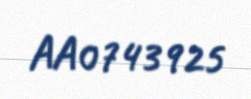
AA0743925